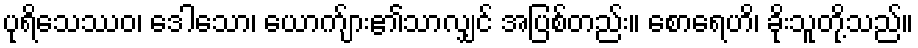
ပုရိသေဿဝ၊ ဒေါသော၊ ယောက်ျား၏သာလျှင် အပြစ်တည်း။ စောရေဟိ၊ ခိုးသူတို့သည်။